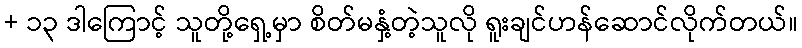
+ ၁၃ ဒါကြောင့် သူတို့ရှေ့မှာ စိတ်မနှံ့တဲ့သူလို ရူးချင်ဟန်ဆောင်လိုက်တယ်။